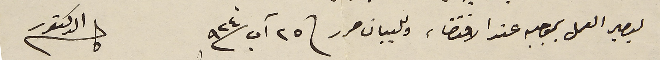
ليصير العمل بموجبه عند الاقتضاء وللبيان حرر فى ٢٥ آب ٩٢٤           الدكتور